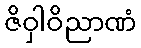
ဇိဝှါဝိညာဏံ